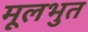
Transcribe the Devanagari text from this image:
मूलभुत